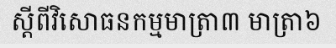
ស្តីពីវិសោធនកម្មមាត្រា៣ មាត្រា៦